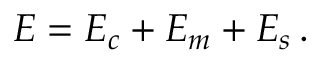
E = E _ { c } + E _ { m } + E _ { s } \, .